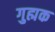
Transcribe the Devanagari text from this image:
गुह्मक